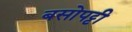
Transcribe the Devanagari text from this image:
बसोपट्टी